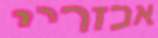
אכזריי